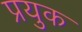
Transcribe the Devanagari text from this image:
प्रयुक